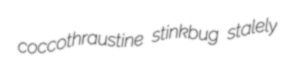
coccothraustine stinkbug stalely